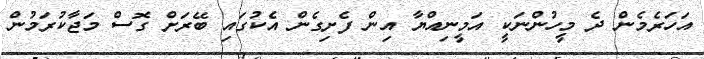
އަހަރެމެން ދެ މީހުންނަކީ އަމީނިއްޔާ އިން ފެށިގެން އެކުގައި ބޭރަށް ގޮސް މަޖާކުރަމުން